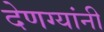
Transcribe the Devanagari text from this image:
देणग्यांनी